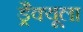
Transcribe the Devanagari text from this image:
ड्रैक्यूला